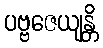
ပဗ္ဗဇေယျန္တိ